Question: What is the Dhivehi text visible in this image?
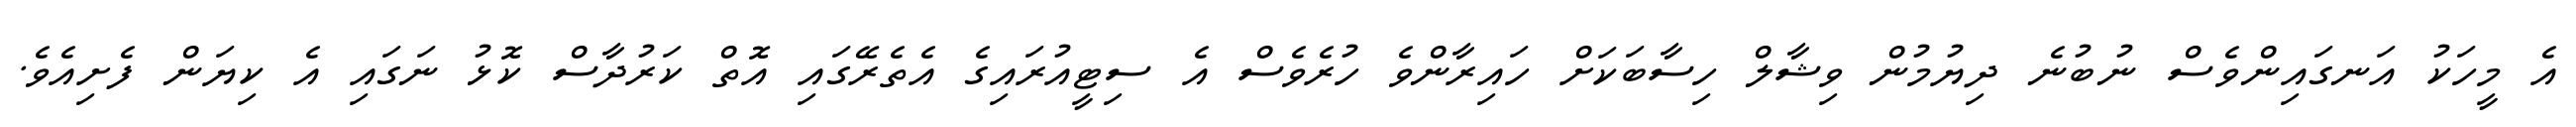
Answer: އެ މީހަކު އަނގައިންވެސް ނުބުނެ ދިޔުމުން ވިޝާލް ހިސާބަކަށް ހައިރާންވެ ހުރެވެސް އެ ސިޓީއުރައިގެ އެތެރޭގައި އޮތް ކަރުދާސް ކޮޅު ނަގައި އެ ކިޔަން ފެށިއެވެ.